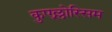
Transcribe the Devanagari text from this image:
कुएल्लोस्सिम